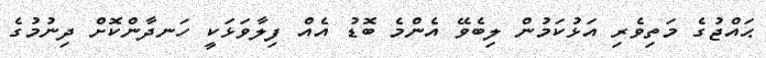
ޙައްޖުގެ މަތިވެރި އަޅުކަމުން ލިބެވޭ އެންމެ ބޮޑު އެއް ފިލާވަޅަކީ ހަނދާންކޮށް ދިނުމުގެ